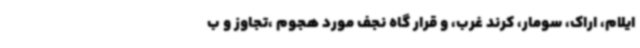
ایلام، اراک، سومار، کرند غرب، و قرار گاه نجف مورد هجوم ،تجاوز و ب